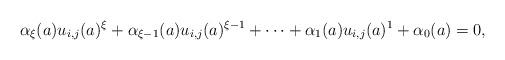
LaTeX: \begin{align*}\alpha_{\xi}(a)u_{i,j}(a)^{\xi}+\alpha_{\xi-1}(a)u_{i,j}(a)^{\xi-1}+\dots+\alpha_{1}(a)u_{i,j}(a)^{1}+\alpha_0(a)=0,\end{align*}